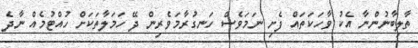
ތާލިބާނުންނާ އެކު ވާހަކަތައް ފެށި ނަމަވެސް ހަނގުރާމަވެރިން ދޭ ހަމަލާތަކަށް ހުއްޓުމެއް ނާދެ